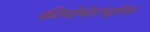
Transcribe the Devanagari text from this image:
कीमोथेराप्यूटिक